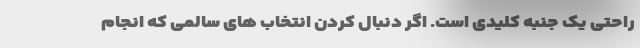
راحتی یک جنبه کلیدی است. اگر دنبال کردن انتخاب های سالمی که انجام